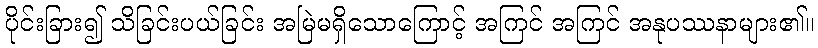
ပိုင်းခြား၍ သိခြင်းပယ်ခြင်း အမြဲမရှိသောကြောင့် အကြင် အကြင် အနုပဿနာများ၏။